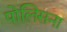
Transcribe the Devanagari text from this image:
पोलिसना